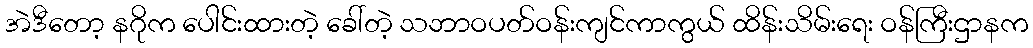
အဲဒီတော့ နဂိုက ပေါင်းထားတဲ့ ခေါ်တဲ့ သဘာဝပတ်ဝန်းကျင်ကာကွယ် ထိန်းသိမ်းရေး ဝန်ကြီးဌာနက